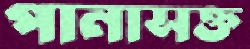
পানাসক্ত